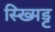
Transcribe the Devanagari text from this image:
स्ख्मिड्ट